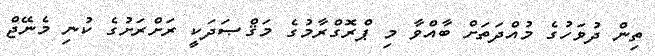
ތިން ދުވަހުގެ މުއްދަތަށް ބާއްވާ މި ޕްރޮގްރާމުގެ މަޤްޞަދަކީ ރަށްރަށުގެ ކުނި މެނޭޖް